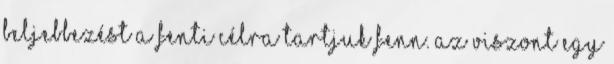
beljebbezést a fenti célra tartjuk fenn. Az viszont egy